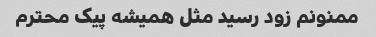
ممنونم زود رسید مثل همیشه پیک محترم